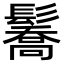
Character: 𩯘